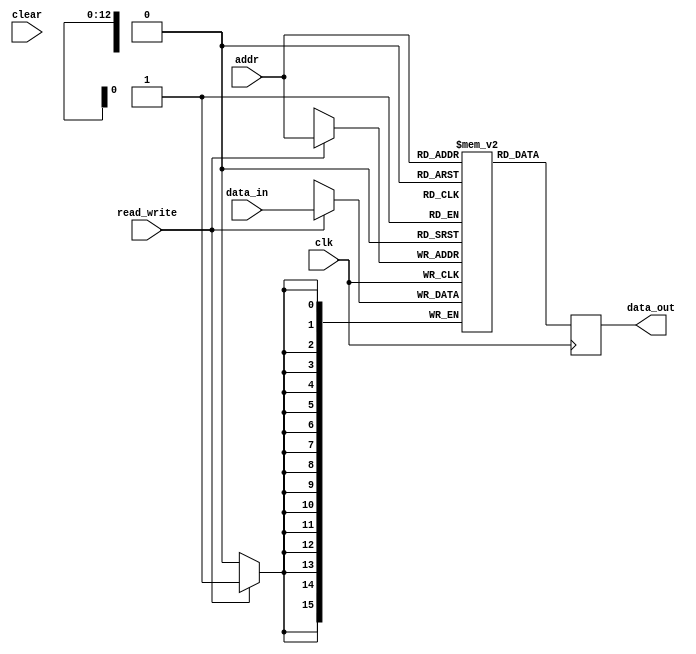
`timescale 1ns / 1ps
//////////////////////////////////////////////////////////////////////////////////
// Company: 
// Engineer: 
// 
// Design Name: 
// Module Name: BRAM_test
// Project Name: 
// Target Devices: 
// Tool Versions: 
// Description: 
// 
// Dependencies: 
// 
// Revision:
// Revision 0.01 - File Created
// Additional Comments:
// 
//////////////////////////////////////////////////////////////////////////////////


module BRAM_test(clk, addr, read_write, clear, data_in, data_out);
parameter n = 13;
parameter w = 16;

input clk, read_write, clear;
input [n-1:0] addr;
input [w-1:0] data_in;
output reg [w-1:0] data_out;

// Start module here!
reg [w-1:0] reg_array [2**n-1:0];

integer i;
initial begin
    for( i = 0; i < 2**n; i = i + 1 ) begin
        reg_array[i] <= 16'b1111111111111111;
    end
end

always @(posedge(clk)) begin
    if(read_write == 1)
        reg_array[addr] <= data_in;
    data_out = reg_array[addr];
end
endmodule